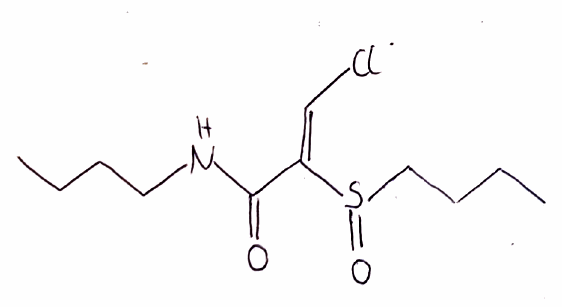
Simplified molecular-input line-entry system (SMILES) notation of the given molecule:
CCCCNC(=O)/C(=C/Cl)/S(=O)CCCC